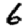
Digit: 6